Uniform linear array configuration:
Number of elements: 24
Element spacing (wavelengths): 0.5
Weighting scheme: kaiser
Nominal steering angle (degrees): -60
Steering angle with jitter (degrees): -60.091
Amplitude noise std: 0.05
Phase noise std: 0.05

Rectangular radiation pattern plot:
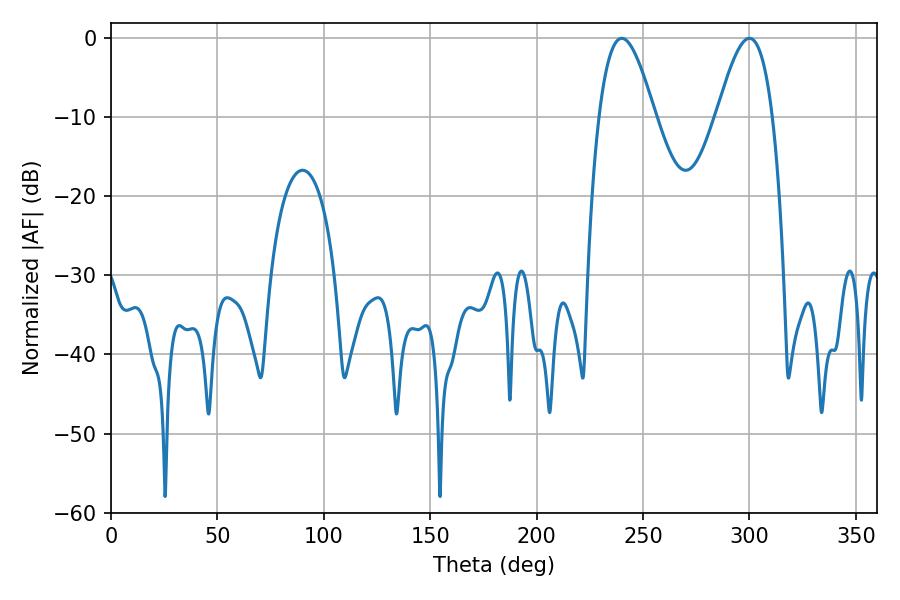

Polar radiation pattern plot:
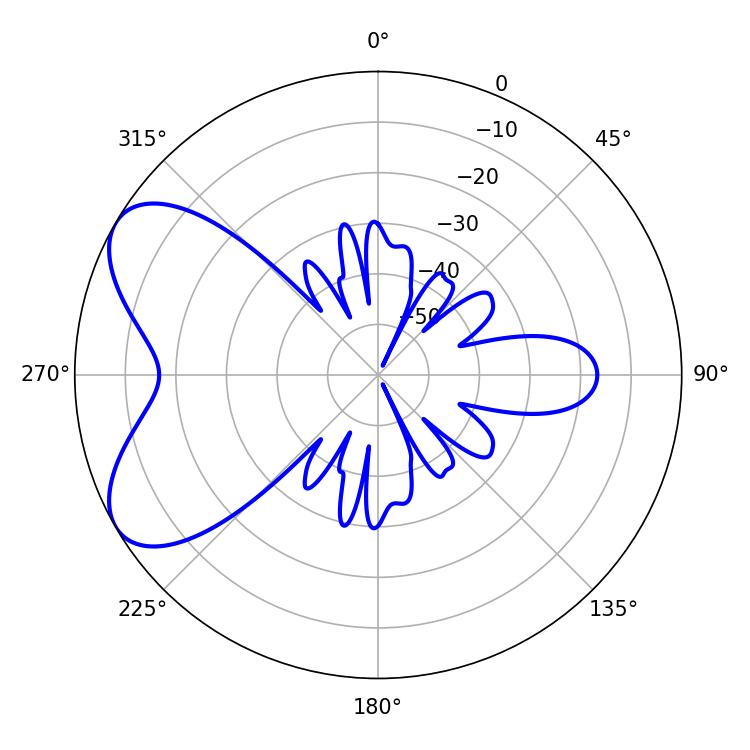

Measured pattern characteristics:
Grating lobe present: FALSE
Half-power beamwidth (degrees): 14.22
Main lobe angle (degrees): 239.94